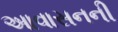
આવાસનની